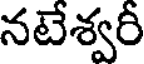
నటేశ్వరీ